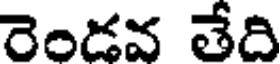
రెండవ తేది